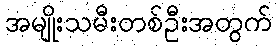
အမျိုးသမီးတစ်ဦးအတွက်